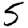
Digit: 5